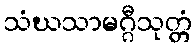
သံဃသာမဂ္ဂီသုတ္တံ